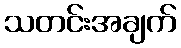
သတင်းအချက်